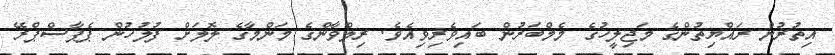
އިތުރުން ރައްޔިތުންގެ މަޖިލީހުގެ މެމްބަރުން ބައިވެރިވިއެވެ. ރިލްވާންގެ މަންމާގެ ލޮލަށް ފުލުހުން ޕެޕާސްޕްރޭ